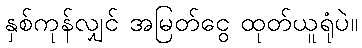
နှစ်ကုန်လျှင် အမြတ်ငွေ ထုတ်ယူရုံပဲ။